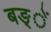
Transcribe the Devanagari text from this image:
बङ्ें